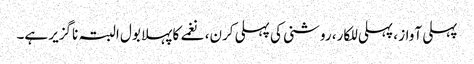
پہلی آواز ، پہلی للکار، روشنی کی پہلی کرن، نغمے کا پہلا بول البتہ ناگزیر ہے۔